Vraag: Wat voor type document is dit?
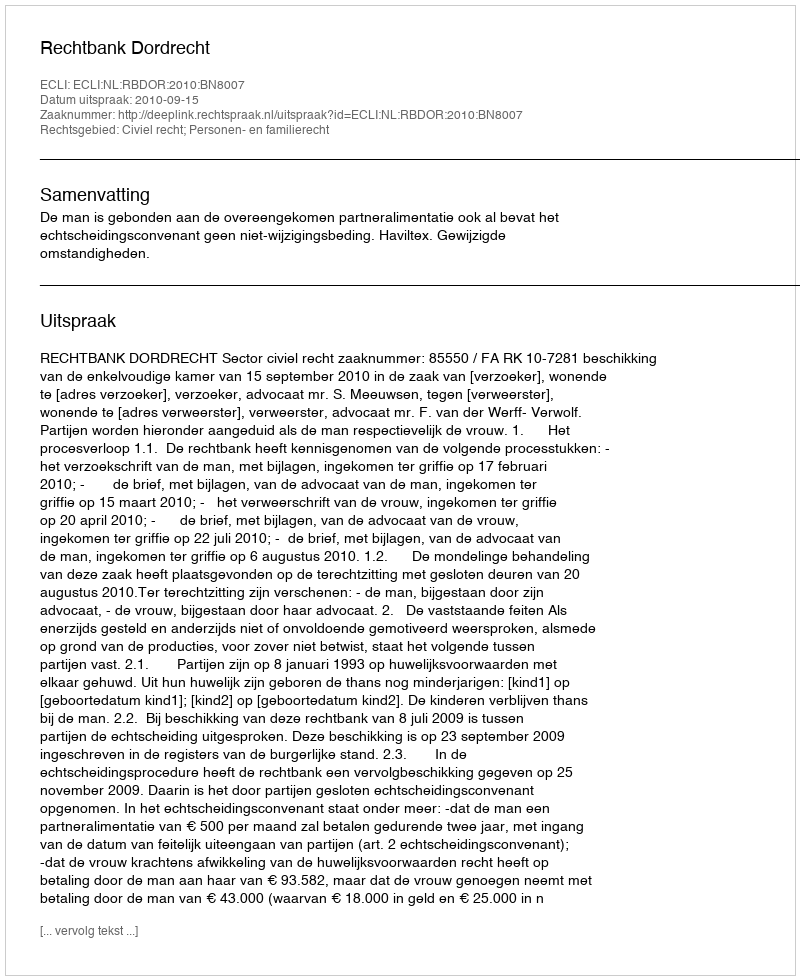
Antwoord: Uitspraak